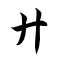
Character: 廾